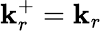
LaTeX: \mathbf{k}_{r}^{+}=\mathbf{k}_{r}